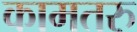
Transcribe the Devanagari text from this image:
कामतरु